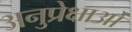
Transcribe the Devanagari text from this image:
अनुप्रेक्षाओं